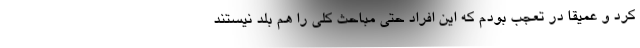
کرد و عمیقا در تعجب بودم که این افراد حتی مباحث کلی را هم بلد نیستند